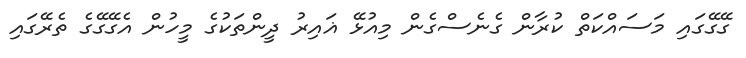
ގޭގޭގައި މަސައްކަތް ކުރާން ގެނެސްގެން މިއުޅޭ ޣައިރު ދީންތަކުގެ މީހުން އެގޭގޭގެ ތެރޭގައި